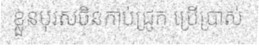
ខ្លួនបុរសចិនកាប់ជ្រូក ប្រើប្រាស់